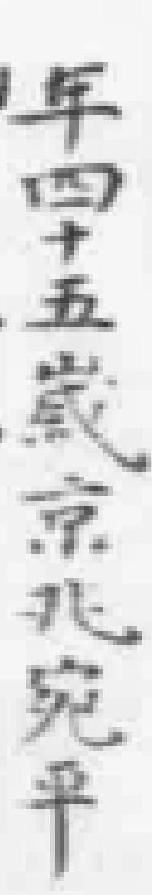
年四十五歲京兆宛平